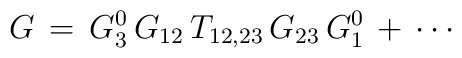
G\,=\,G^0_3\,G_{12}\,T_{12,23}\,G_{23}\,G^0_1\,+\,\cdots